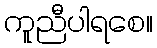
ကူညီပါရစေ။